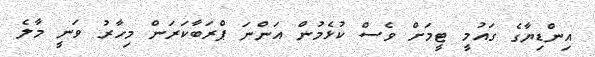
އިންޑިޔާގެ ގައުމީ ޓީމަށް ވެސް ކުޅެމުން އަންނަ ޕްރަބާކަރަން މިހާރު ވަނީ މާލެ